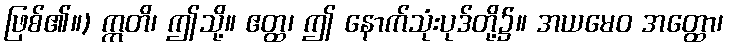
ဖြစ်၏။) ဣတိ၊ ဤသို့။ ဧတ္ထ၊ ဤ နောက်သုံးပုဒ်တို့၌။ အယမေဝ အတ္ထော၊